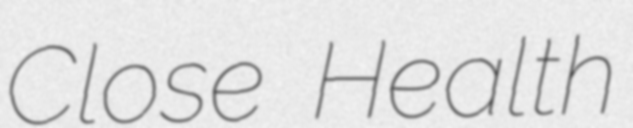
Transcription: Close Health